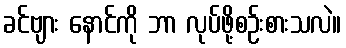
ခင်ဗျား နောင်ကို ဘာ လုပ်ဖို့စဉ်းစားသလဲ။